Leprosy in India: report of the Leprosy Commission in India, 1890-91
Year: 1890
Disease focus: Leprosy
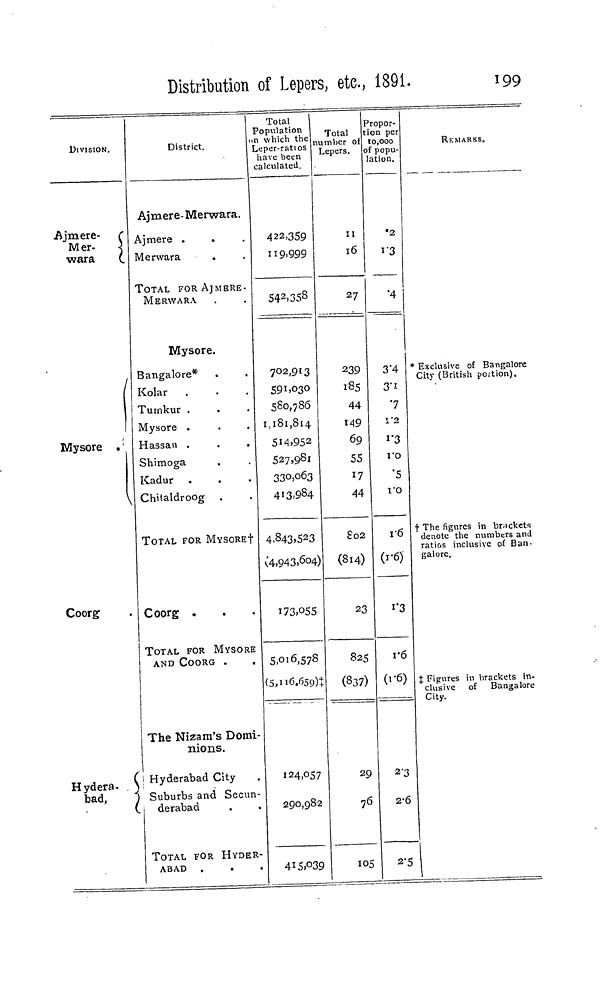
Distribution of Lepers, etc, 1891.
199
DIVISION,
Ajmere-
(
Mer-
i
wara
C.
Mysore . '
1
I
Coorg
Hydera- S
bad,
1
District.
Ajmere-Merwara.
Ajmere .
.
Merwara
.
TOTAL FOR AJMERE-
MERWARA
Mysore.
Bangalore*
Kolar
.
Tuinkur .
Mysore .
Hassan .
Shimoga
Kadur
Chitaldroog
TOTAL FOR MYSORE!
Coorg .
TOTAL FOR MYSORE
AND COORG .
The Nizam's Domi-
nions.
Hyderabad City
Suburbs and Secun-
derabad
TOTAL FOR HYDER-
ABAD
Total
Population
m which the
Leper-ratios
have been
calculated.
422,359
119> 999
S4 2 .358
702,913
59I.O3O
580,786
1,181,814
5i4>95 2
527,981
33°>°63
413.984
4,843,523
(4>943> 6°4 )
I73,O55
5.016,578
(5,116,659)+
124,057
290,982
415.039
Total
number of
Lepers.
II
16
27
239
185
44
149
69
55
17
44
S02
(814)
23
825
(837)
29
76
105
Propor-
tion per
10,000
of popu-
lation.
•2
I'3
'4
3 "4
3"i
y 2
1 "3
vo
"5
I'O
1-6
(1-6)
i*3
v6
(1-6)
2-3
2-6
2-5
REMARKS.
* Exclusive of Bangalore
City (British portion).
t The figures in brnckcts
denote the numbers and
ratios inclusive of Ban-
galore.
% Figures in brackets in-
clusive of Bangalore
City.